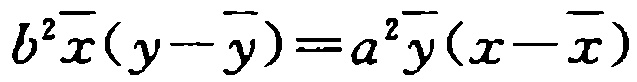
\(b^{2}\overline{x}(y - \overline{y}) = a^{2}\overline{y}(x - \overline{x})\)